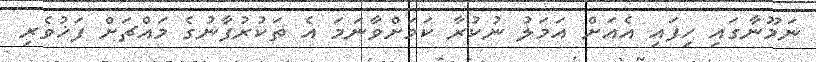
ނަމޫނާގައި ހިފައި އެއަށް އަމަލު ނުކުރާ ކަމަށްވާނަމަ އެ ތަކުރުފާނުގެ މައްޗަށް ފަޚުވެރި